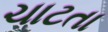
ચાટતા